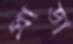
প্রাডা